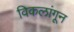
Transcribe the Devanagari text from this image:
विकलांगून